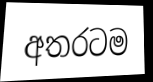
අතරටම